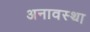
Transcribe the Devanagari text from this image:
अनावस्था